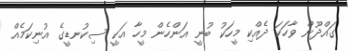
ގައްދޫން ވާހަކަ ދެއްކި މީހަކު ބުނީ އަންހެން މީހާ އަކީ ސިކުނޑީގެ އުނިކަމެއް